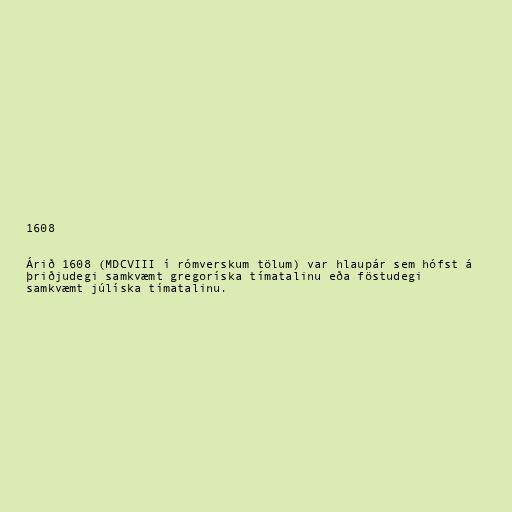
1608

Árið 1608 (MDCVIII í rómverskum tölum) var hlaupár sem hófst á
þriðjudegi samkvæmt gregoríska tímatalinu eða föstudegi
samkvæmt júlíska tímatalinu.